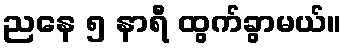
ညနေ ၅ နာရီ ထွက်ခွာမယ်။